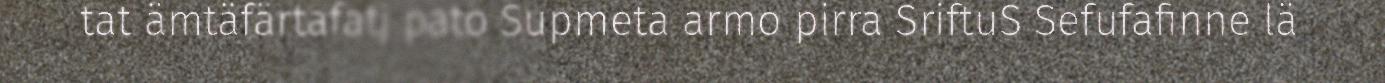
tat ämtäfärtafatj pato Supmeta armo pirra SriftuS Sefufafinne lä